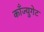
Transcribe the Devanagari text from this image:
काँज्युगेट